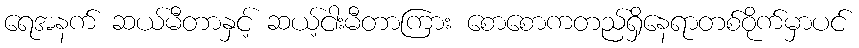
ရေအနက် ဆယ်မီတာနှင့် ဆယ့်ငါးမီတာကြား စောစောကတည်ရှိနေရာတစ်ဝိုက်မှာပင်